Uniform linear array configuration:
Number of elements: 12
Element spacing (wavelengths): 0.5
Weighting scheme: binomial
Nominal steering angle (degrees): -30
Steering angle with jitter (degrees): -30.399
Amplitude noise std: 0.05
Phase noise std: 0.05

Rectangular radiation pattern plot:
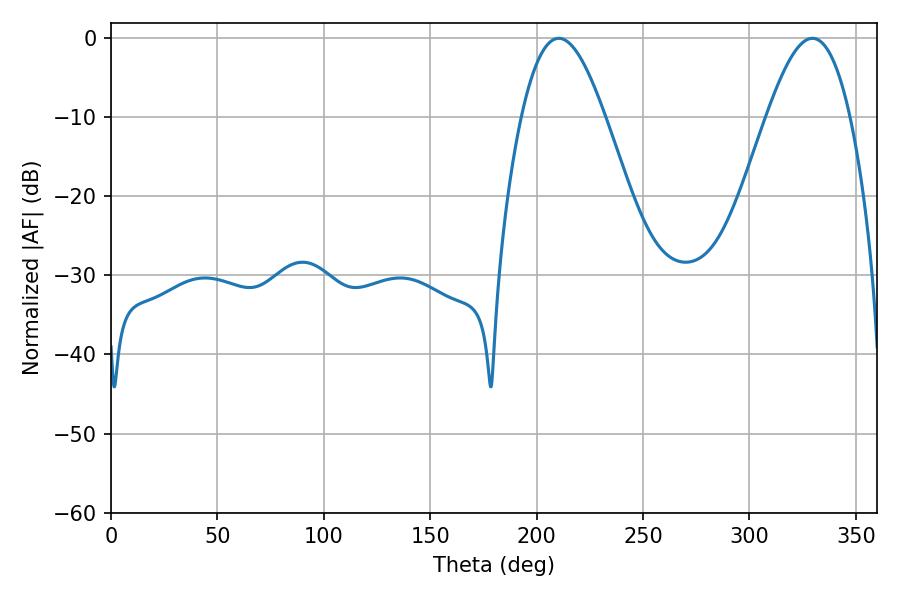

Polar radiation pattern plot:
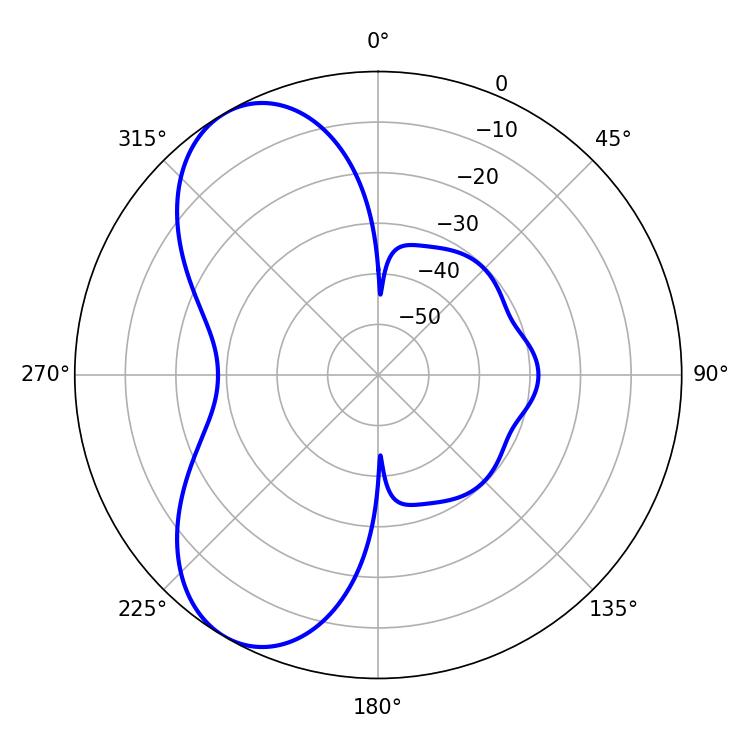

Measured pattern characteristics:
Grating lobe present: FALSE
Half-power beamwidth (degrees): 21.24
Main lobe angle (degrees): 210.42